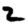
Digit: 2